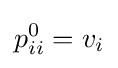
p_{ii}^{0}=v_{i}